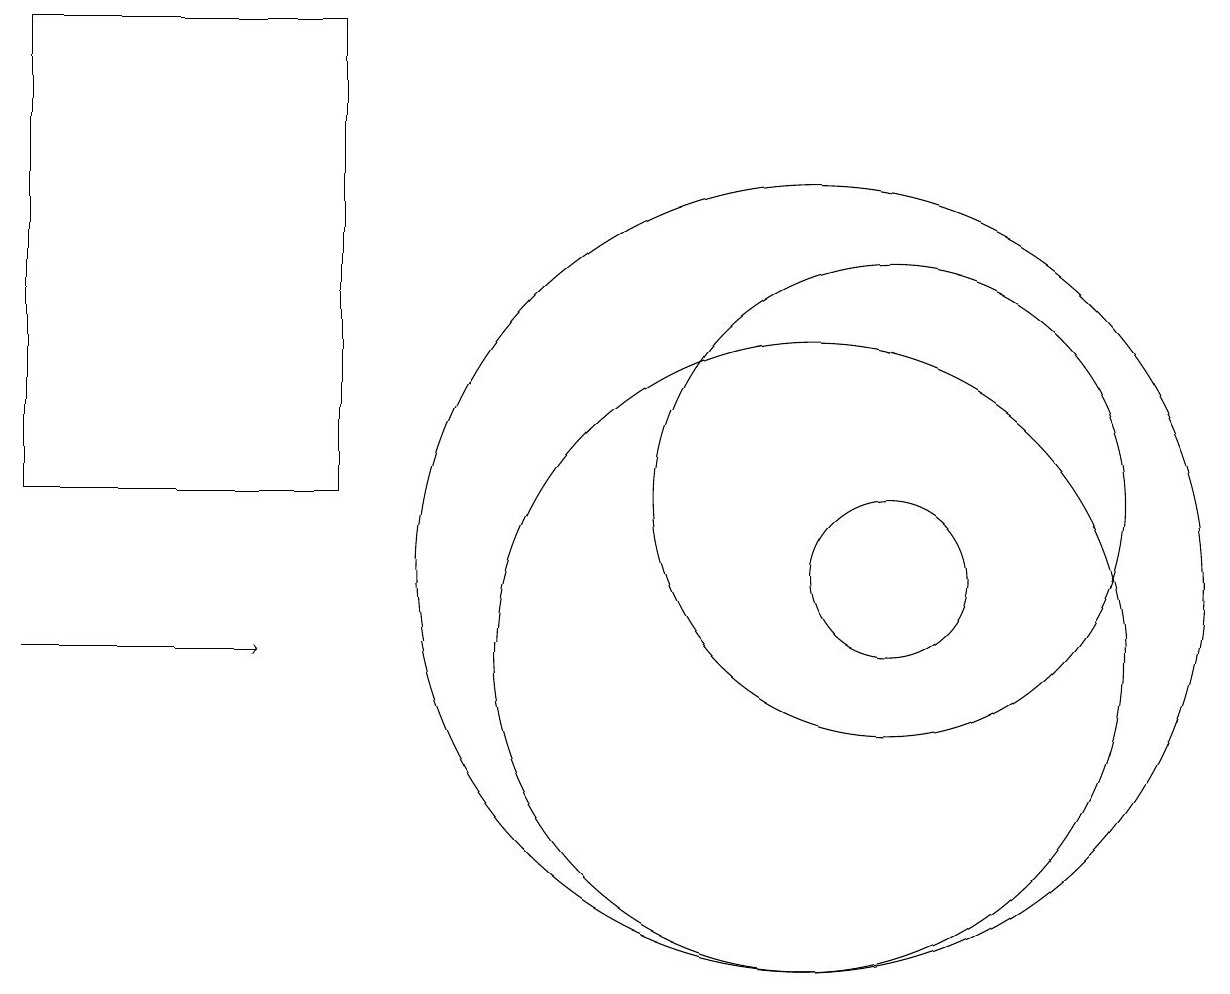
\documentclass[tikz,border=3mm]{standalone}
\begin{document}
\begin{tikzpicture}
\draw (12,11) circle (0);
\draw (11,12) circle (3);
\draw (10,10) circle (4);
\draw (11,11) circle (1);
\draw (10,10) circle (0);
\draw[->] (0,10) -- (3,10);
\draw (4,18) rectangle (0,12);
\draw (10,11) circle (5);
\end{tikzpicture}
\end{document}